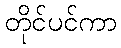
တိုင်ပင်ကာ